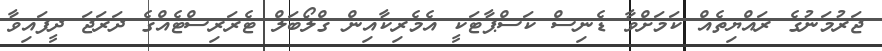
ޖަރުމަނުގެ ރައްޔިތެއް ކަމަށްވާ ޑެނިސް ކަސްޕާޓަކީ އެމެރިކާއިން ގްލޯބަލް ޓެރަރިސްޓެއްގެ ދަރަޖަ ދީފައިވާ